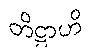
တိဋ္ဌာဟိ